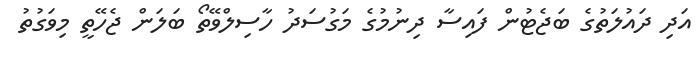
އަދި ދައުލަތުގެ ބަޖެޓުން ފައިސާ ދިނުމުގެ މަގުސަދު ހާސިލްވޭތޯ ބަލަން ޖެހޭތީ މިވަގުތު